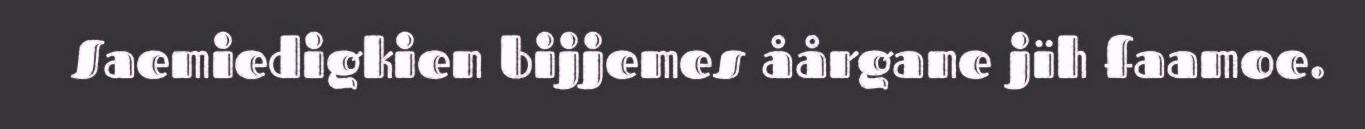
Saemiedigkien bijjemes åårgane jïh faamoe.